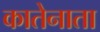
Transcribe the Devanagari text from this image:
कातेनाता